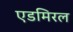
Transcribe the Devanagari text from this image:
एडमिरल